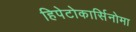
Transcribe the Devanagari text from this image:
हिपेटोकार्सिनोमा